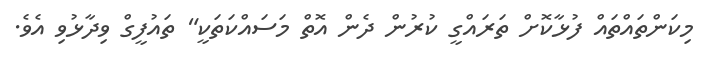
މިކަންތައްތައް ފުޅާކޮށް ތަރައްގީ ކުރުން ދެން އޮތް މަސައްކަތަކީ" ތައުފީގް ވިދާޅުވި އެވެ.